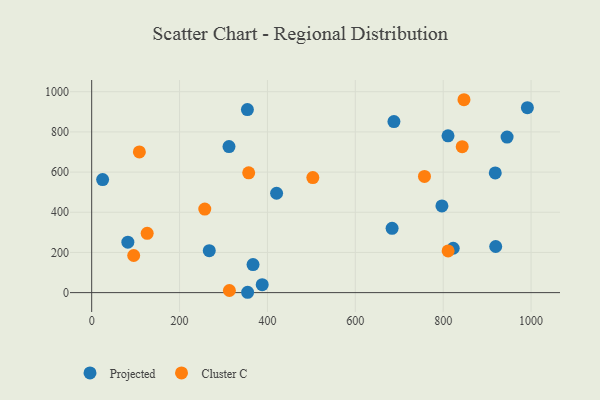
{"axis": {"x": "Price", "y": "Exam Score"}, "legend": ["Cluster C", "Projected"], "data": [{"x": "945.4", "y": 774.3, "type": "Projected"}, {"x": "420.8", "y": 494.6, "type": "Projected"}, {"x": "918.5", "y": 595.8, "type": "Projected"}, {"x": "683.7", "y": 320.2, "type": "Projected"}, {"x": "797.1", "y": 431.5, "type": "Projected"}, {"x": "919.5", "y": 229.6, "type": "Projected"}, {"x": "367.2", "y": 139.6, "type": "Projected"}, {"x": "354.9", "y": 1.7, "type": "Projected"}, {"x": "354.4", "y": 911.2, "type": "Projected"}, {"x": "687.9", "y": 851.4, "type": "Projected"}, {"x": "82.3", "y": 251.3, "type": "Projected"}, {"x": "312.5", "y": 727.0, "type": "Projected"}, {"x": "24.9", "y": 562.9, "type": "Projected"}, {"x": "822.8", "y": 220.9, "type": "Projected"}, {"x": "811.0", "y": 780.7, "type": "Projected"}, {"x": "388.1", "y": 39.6, "type": "Projected"}, {"x": "267.6", "y": 208.6, "type": "Projected"}, {"x": "991.6", "y": 920.8, "type": "Projected"}, {"x": "811.2", "y": 207.3, "type": "Cluster C"}, {"x": "847.3", "y": 960.2, "type": "Cluster C"}, {"x": "843.3", "y": 726.7, "type": "Cluster C"}, {"x": "95.6", "y": 184.7, "type": "Cluster C"}, {"x": "126.3", "y": 294.9, "type": "Cluster C"}, {"x": "108.5", "y": 700.5, "type": "Cluster C"}, {"x": "313.4", "y": 10.5, "type": "Cluster C"}, {"x": "257.4", "y": 415.9, "type": "Cluster C"}, {"x": "357.3", "y": 596.1, "type": "Cluster C"}, {"x": "503.3", "y": 572.9, "type": "Cluster C"}, {"x": "757.4", "y": 578.4, "type": "Cluster C"}]}